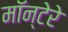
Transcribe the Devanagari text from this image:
मॉन्टेरे